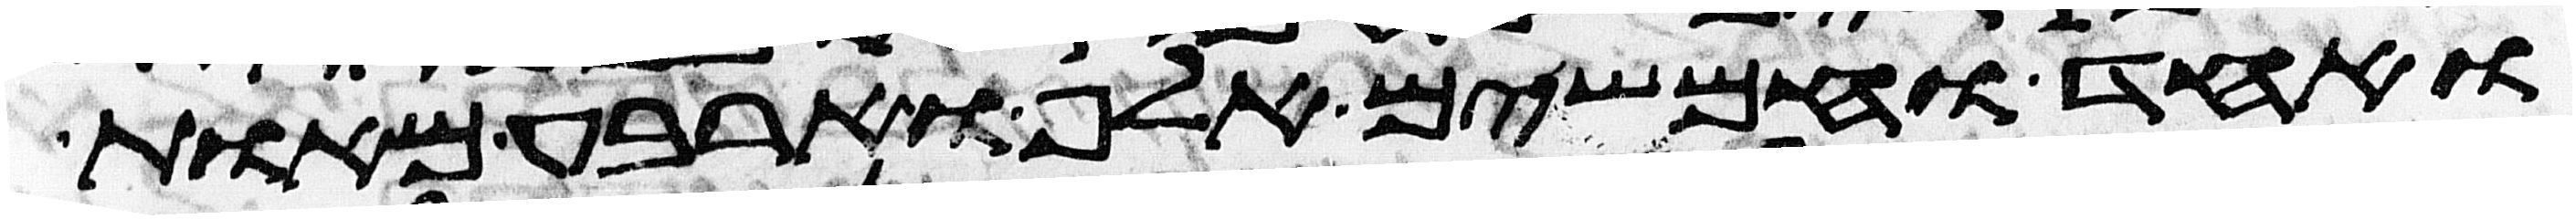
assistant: ואחד וחמשים אלף וארבע מאות